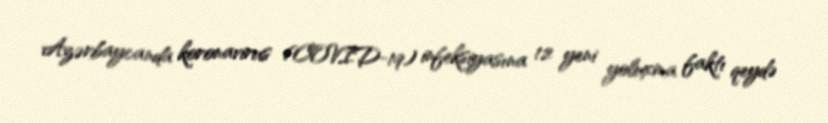
Azərbaycanda koronavirus (COVID-19) infeksiyasına 12 yeni yoluxma faktı qeydə